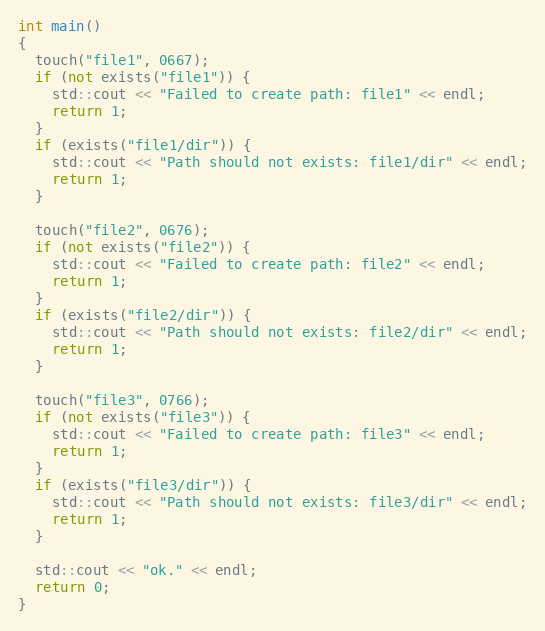
Language: C++
int main()
{
  touch("file1", 0667);
  if (not exists("file1")) {
    std::cout << "Failed to create path: file1" << endl;
    return 1;
  }
  if (exists("file1/dir")) {
    std::cout << "Path should not exists: file1/dir" << endl;
    return 1;
  }

  touch("file2", 0676);
  if (not exists("file2")) {
    std::cout << "Failed to create path: file2" << endl;
    return 1;
  }
  if (exists("file2/dir")) {
    std::cout << "Path should not exists: file2/dir" << endl;
    return 1;
  }

  touch("file3", 0766);
  if (not exists("file3")) {
    std::cout << "Failed to create path: file3" << endl;
    return 1;
  }
  if (exists("file3/dir")) {
    std::cout << "Path should not exists: file3/dir" << endl;
    return 1;
  }

  std::cout << "ok." << endl;
  return 0;
}